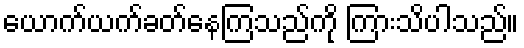
ယောက်ယက်ခတ်နေကြသည်ကို ကြားသိပါသည်။